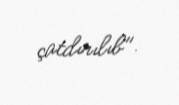
çatdırılıb".